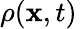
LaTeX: \mathbf{\rho}(\mathbf{x},t)\,